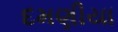
દમણીયા